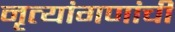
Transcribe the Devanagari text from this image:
नृत्यांगणांची